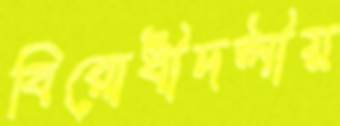
বিরোধীদলীয়